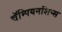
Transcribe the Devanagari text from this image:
चॅम्पियनशिप्स